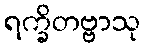
ရက္ခိတဗ္ဗာသု